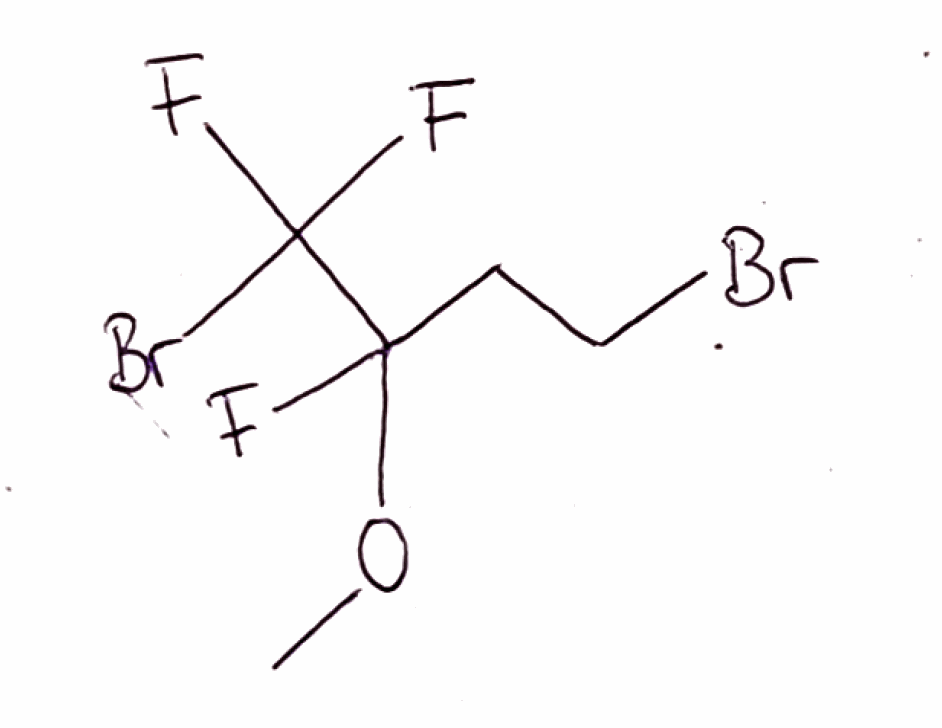
Simplified molecular-input line-entry system (SMILES) notation of the given molecule:
COC(CCBr)(C(F)(F)Br)F